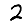
Digit: 2